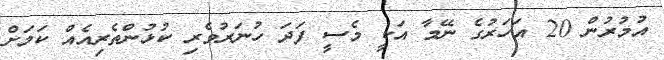
އުމުރުން 20 އަހަރުގެ ނޭމާ އަކީ މެސީ ފަދަ ހުނަރުވެރި ކުޅުންތެރިއެއް ކަމަށް